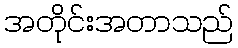
အတိုင်းအတာသည်